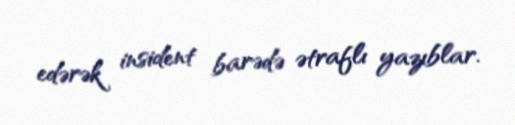
edərək insident barədə ətraflı yazıblar.